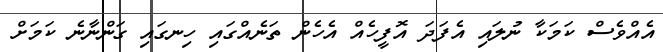
އެއްވެސް ކަމަކާ ނުލައި އެފަދަ އޮފީހެއް އެހެން ތަނެއްގައި ހިނގައި ގަންނާނެ ކަމަށް